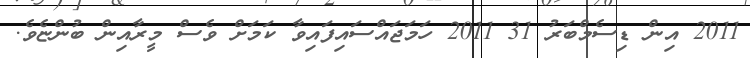
2011 އިން ޑިސެމްބަރު 31 2011 ހަމަޖައްސައިފައިވާ ކަމަށް ވެސް މީރާއިން ބުންޏެވެ.